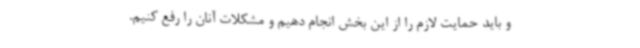
و باید حمایت لازم را از این بخش انجام دهیم و مشکلات آنان را رفع کنیم.